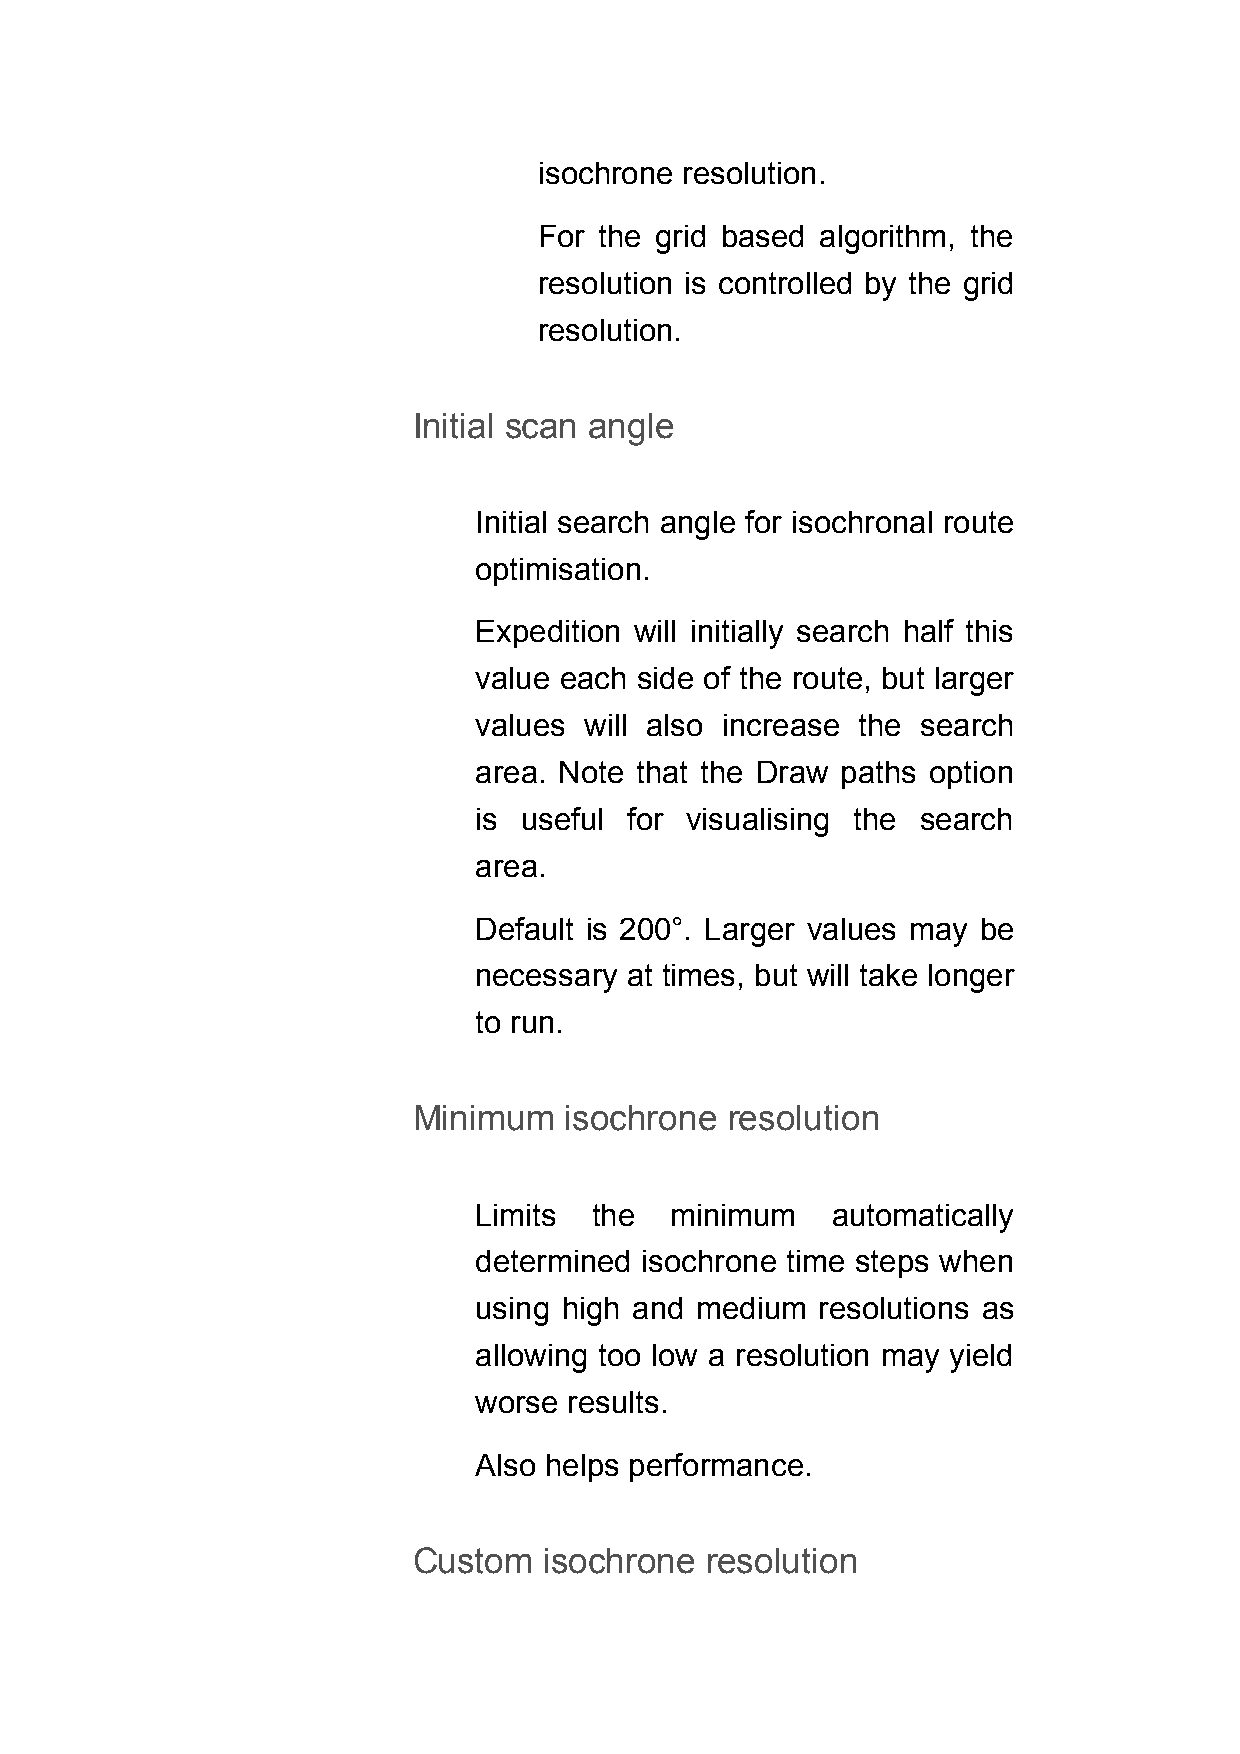
isochrone resolution.
 For the grid based algorithm, the
 resolution is controlled by the grid
 resolution.
 Initial scan angle
 Initial search angle for isochronal route
 optimisation.
 Expedition will initially search half this
 value each side of the route, but larger
 values  will also increase the search
 area. Note that the Draw paths option
 is useful for visualising the search
 area.
 Default is 200°. Larger values may be
 necessary at times, but will take longer
 to run.
 Minimum   isochrone  resolution
 Limits  the  minimum    automatically
 determined isochrone time steps when
 using high and medium  resolutions as
 allowing too low a resolution may yield
 worse  results.
 Also helps performance.
 Custom   isochrone  resolution